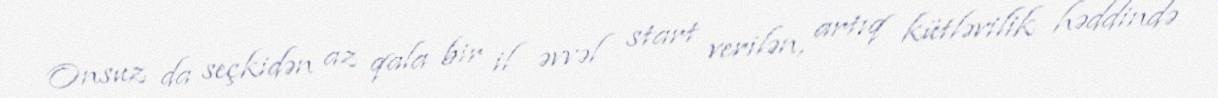
Onsuz da seçkidən az qala bir il əvvəl start verilən, artıq kütləvilik həddində